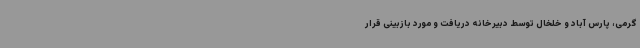
گرمی، پارس آباد و خلخال توسط دبیرخانه دریافت و مورد بازبینی قرار